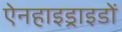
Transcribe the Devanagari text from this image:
ऐनहाइड्राइडों